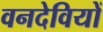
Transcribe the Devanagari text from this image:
वनदेवियों